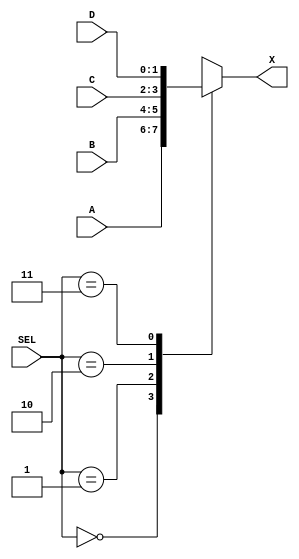
`timescale 1ns / 1ps
//////////////////////////////////////////////////////////////////////////////////
// Company: 
// Engineer: 
// 
// Design Name: 
// Module Name: multiplexer
// Project Name: 
// Target Devices: 
// Tool Versions: 
// Description: 
// 
// Dependencies: 
// 
// Revision:
// Revision 0.01 - File Created
// Additional Comments:
// 
//////////////////////////////////////////////////////////////////////////////////


module multiplexer(
    input [1:0] A,
    input [1:0] B,
    input [1:0] C,
    input [1:0] D,
    input [1:0] SEL,
    output reg [1:0] X
);

    always @ (A or B or C or D or SEL)
    begin
        case (SEL)
            2'b00: X = A;
            2'b01: X = B;
            2'b10: X = C;
            2'b11: X = D;
            default: X = 2'b00; // Default case to handle undefined SEL values
        endcase
    end
endmodule